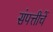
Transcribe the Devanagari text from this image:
संपत्तीचें